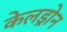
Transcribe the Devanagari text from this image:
केलड्रोन